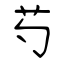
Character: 芍